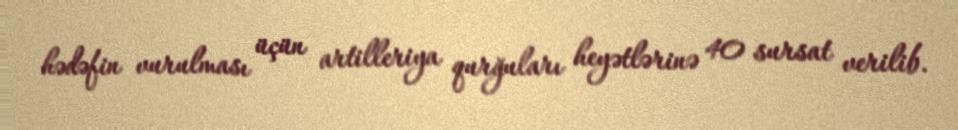
hədəfin vurulması üçün artilleriya qurğuları heyətlərinə 40 sursat verilib.